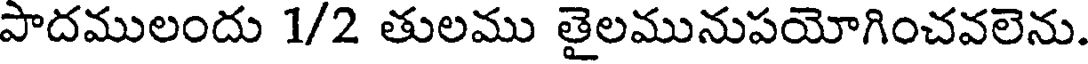
పాదములందు 1/2 తులము తైలమునుపయోగించవలెను.